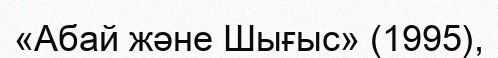
«Абай және Шығыс» (1995),